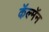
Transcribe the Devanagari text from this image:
कॅल्मॅन